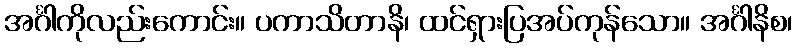
အင်္ဂါကိုလည်းကောင်း။ ပကာသိတာနိ၊ ထင်ရှားပြအပ်ကုန်သော။ အင်္ဂါနိစ၊